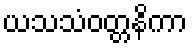
ယသသံဝတ္တနိကာ